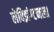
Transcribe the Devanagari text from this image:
लेक्झिंग्टनला